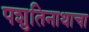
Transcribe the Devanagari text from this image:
पशुतिनाथाचा